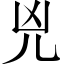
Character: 兇